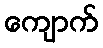
ကျောက်